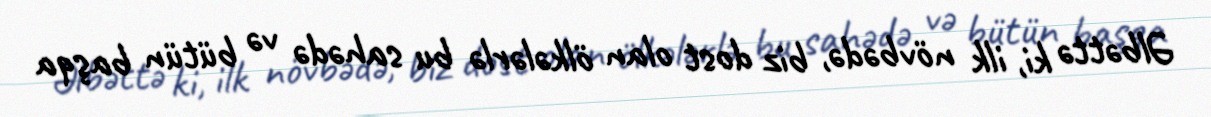
Əlbəttə ki, ilk növbədə, biz dost olan ölkələrlə bu sahədə və bütün başqa